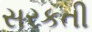
સરકતી